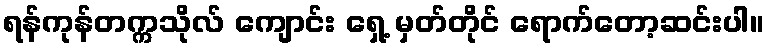
ရန်ကုန်တက္ကသိုလ် ကျောင်း ရှေ့ မှတ်တိုင် ရောက်တော့ဆင်းပါ။